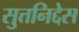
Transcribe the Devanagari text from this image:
सुत्तनिद्देस